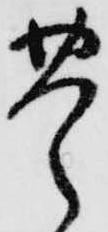
豊